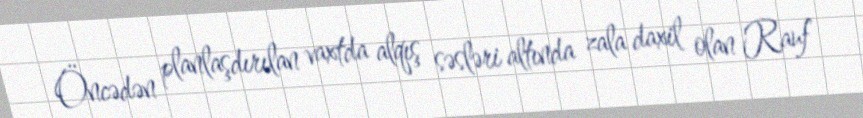
Öncədən planlaşdırılan vaxtda alqış səsləri altında zala daxil olan Rauf